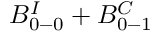
B _ { 0 - 0 } ^ { I } + B _ { 0 - 1 } ^ { C }